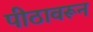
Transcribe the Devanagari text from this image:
पीठावरून